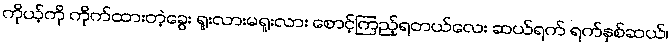
ကိုယ့်ကို ကိုက်ထားတဲ့ခွေး ရူးလားမရူးလား စောင့်ကြည့်ရတယ်လေး ဆယ်ရက် ရက်နှစ်ဆယ်၊